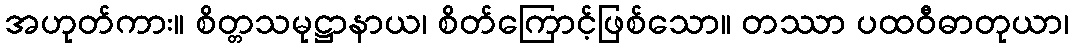
အဟုတ်ကား။ စိတ္တသမုဋ္ဌာနာယ၊ စိတ်ကြောင့်ဖြစ်သော။ တဿာ ပထဝီဓာတုယာ၊